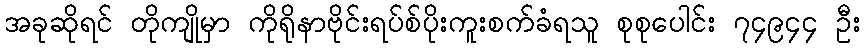
အခုဆိုရင် တိုကျိုမှာ ကိုရိုနာဗိုင်းရပ်စ်ပိုးကူးစက်ခံရသူ စုစုပေါင်း ၇၄၉၄၄ ဦး